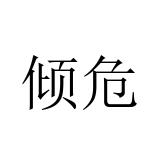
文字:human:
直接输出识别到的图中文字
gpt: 倾危